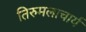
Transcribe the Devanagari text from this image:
तिरुमलाचार्य